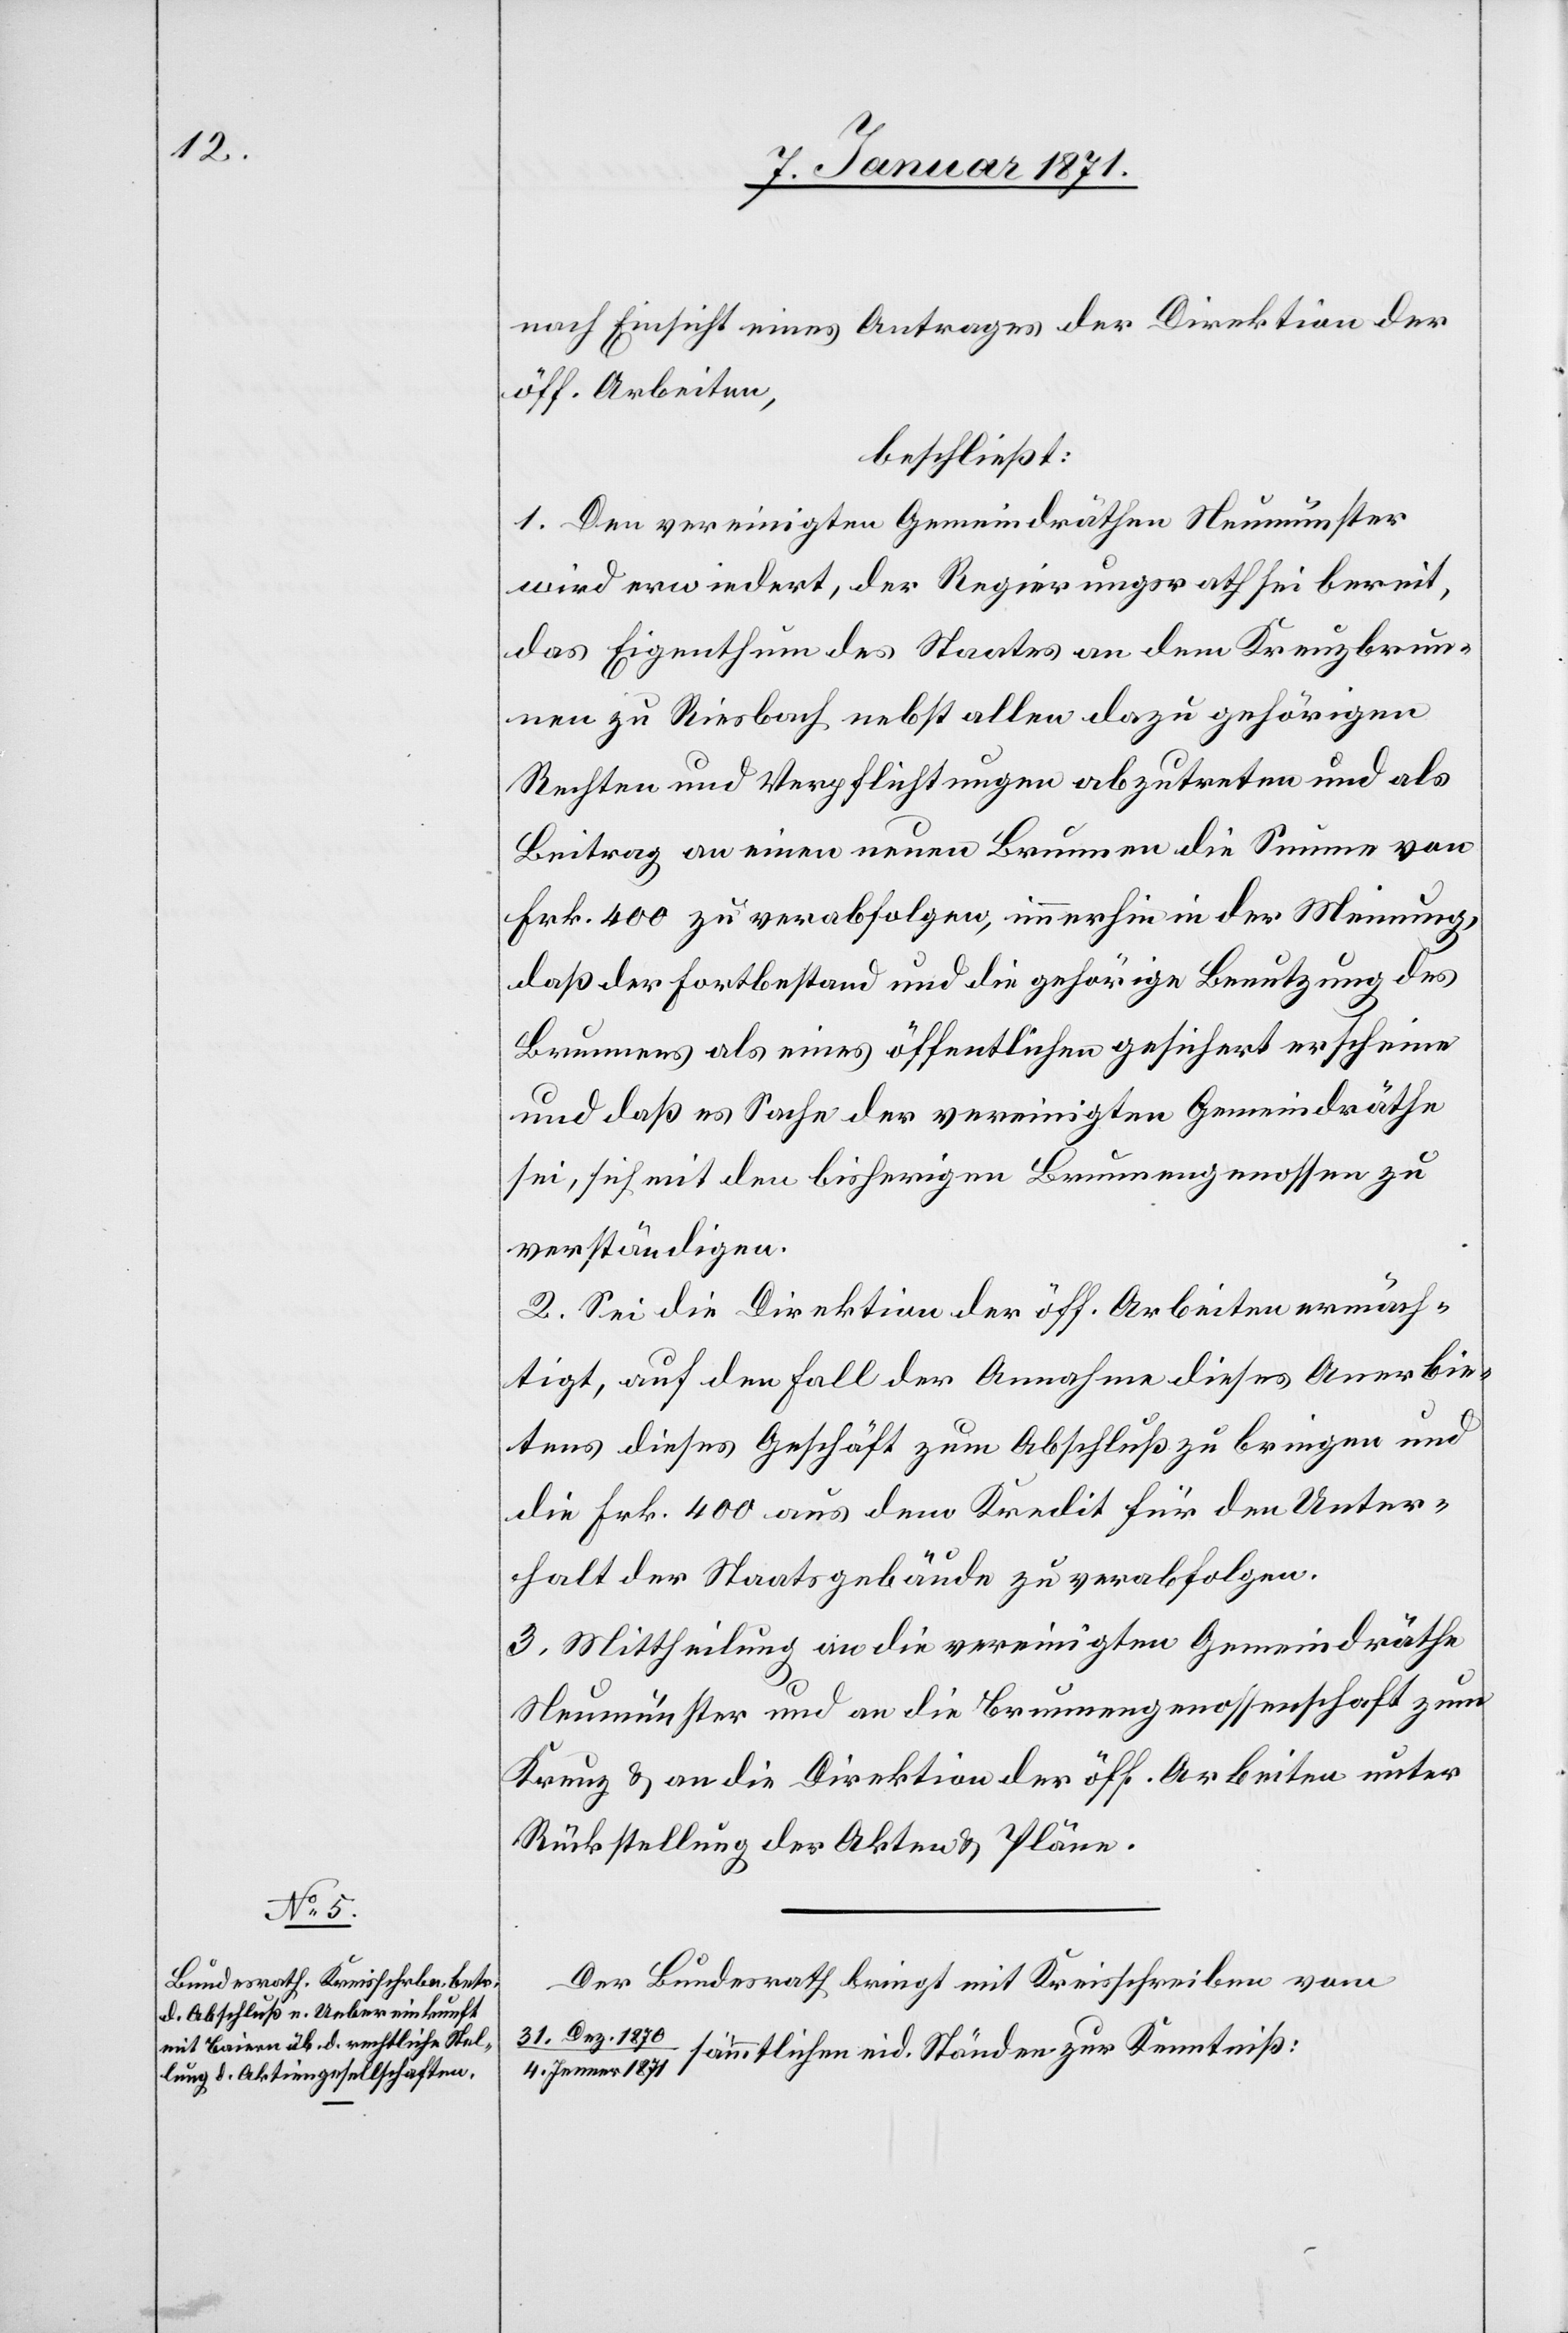
nach Einsicht eines Antrages der Direktion der
öff. Arbeiten,
beschließt:
1. Den vereinigten Gemeindräthen Neumünster
wird erwiedert, der Regierungsrath sei bereit,
das Eigenthum des Staates an dem Kreuzbrun¬
nen zu Riesbach nebst allen dazu gehörigen
Rechten und Verpflichtungen abzutreten und als
Beitrag an einen neuen Brunnen die Summe von
Frk. 400 zu verabfolgen, immerhin in der Meinung,
daß der Fortbestand und die gehörige Benutzung des
Brunnens als eines öffentlichen gesichert erscheine
und daß es Sache der vereinigten Gemeindräthe
sei, sich mit den bisherigen Brunnengenossen zu
verständigen.
2. Sei die Direktion der öff. Arbeiten ermäch¬
tigt, auf den Fall der Annahme dieses Anerbie¬
tens dieses Geschäft zum Abschluß zu bringen und
die Frk. 400 aus dem Kredit für den Unter¬
halt der Staatsgebäude zu verabfolgen.
3. Mittheilung an die vereinigten Gemeindräthe
Neumünster und an die Brunnengenossenschaft zum
Kreuz u. an die Direktion der öff. Arbeiten unter
Rückstellung der Akten u. Pläne.
Der Bundesrath bringt mit Kreisschreiben vom
31. Dez. 1870
sämmtlichen eid. Ständen zur Kenntniß:
4. Jenner 1871